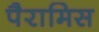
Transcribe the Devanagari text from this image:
पैरामिस